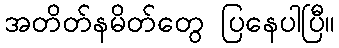
အတိတ်နမိတ်တွေ ပြနေပါပြီ။